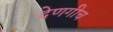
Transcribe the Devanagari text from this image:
देणगीच